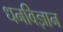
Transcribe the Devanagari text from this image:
धनविज्ञान